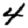
Digit: 4